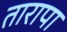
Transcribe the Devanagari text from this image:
तारापा